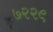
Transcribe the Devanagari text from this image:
७२२९